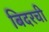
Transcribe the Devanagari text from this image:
बिदरची